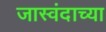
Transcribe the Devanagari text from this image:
जास्वंदाच्या